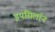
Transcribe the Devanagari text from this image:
इपसिलॉन